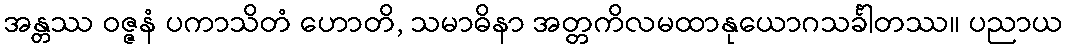
အန္တဿ ဝဇ္ဇနံ ပကာသိတံ ဟောတိ, သမာဓိနာ အတ္တကိလမထာနုယောဂသင်္ခါတဿ။ ပညာယ